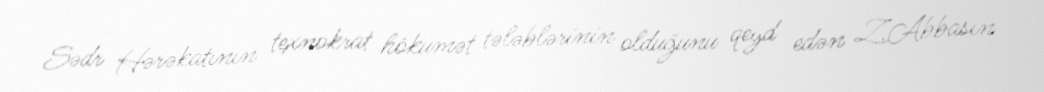
Sədr Hərəkatının texnokrat hökumət tələblərinin olduğunu qeyd edən Z.Abbasın